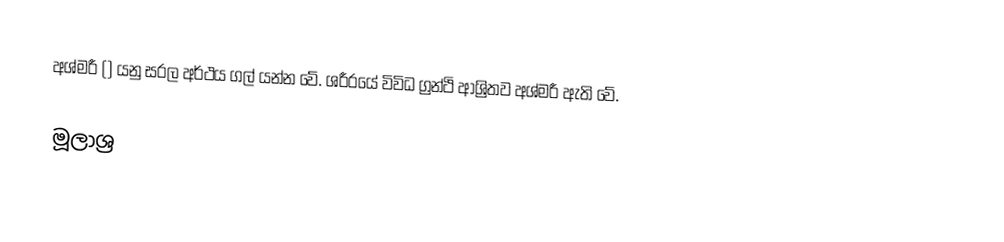
අශ්මරී () යනු සරල අර්ථය ගල් යන්න වේ. ශරීරයේ විවිධ ග්‍රන්ථි ආශ්‍රිතව අශ්මරී ඇති වේ.

මූලාශ්‍ර